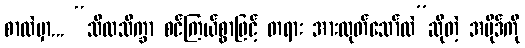
စာထဲမှာ... “သီလသိက္ခာ စင်ကြယ်စွာဖြင့် တရား အားထုတ်သော်လဲ”ဆိုတဲ့ အပိုဒ်ကို